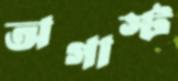
অগাস্ট